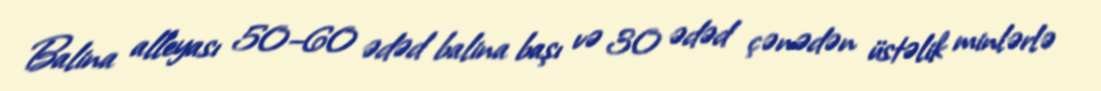
Balina alleyası 50–60 ədəd balina başı və 30 ədəd çənədən üstəlik minlərlə